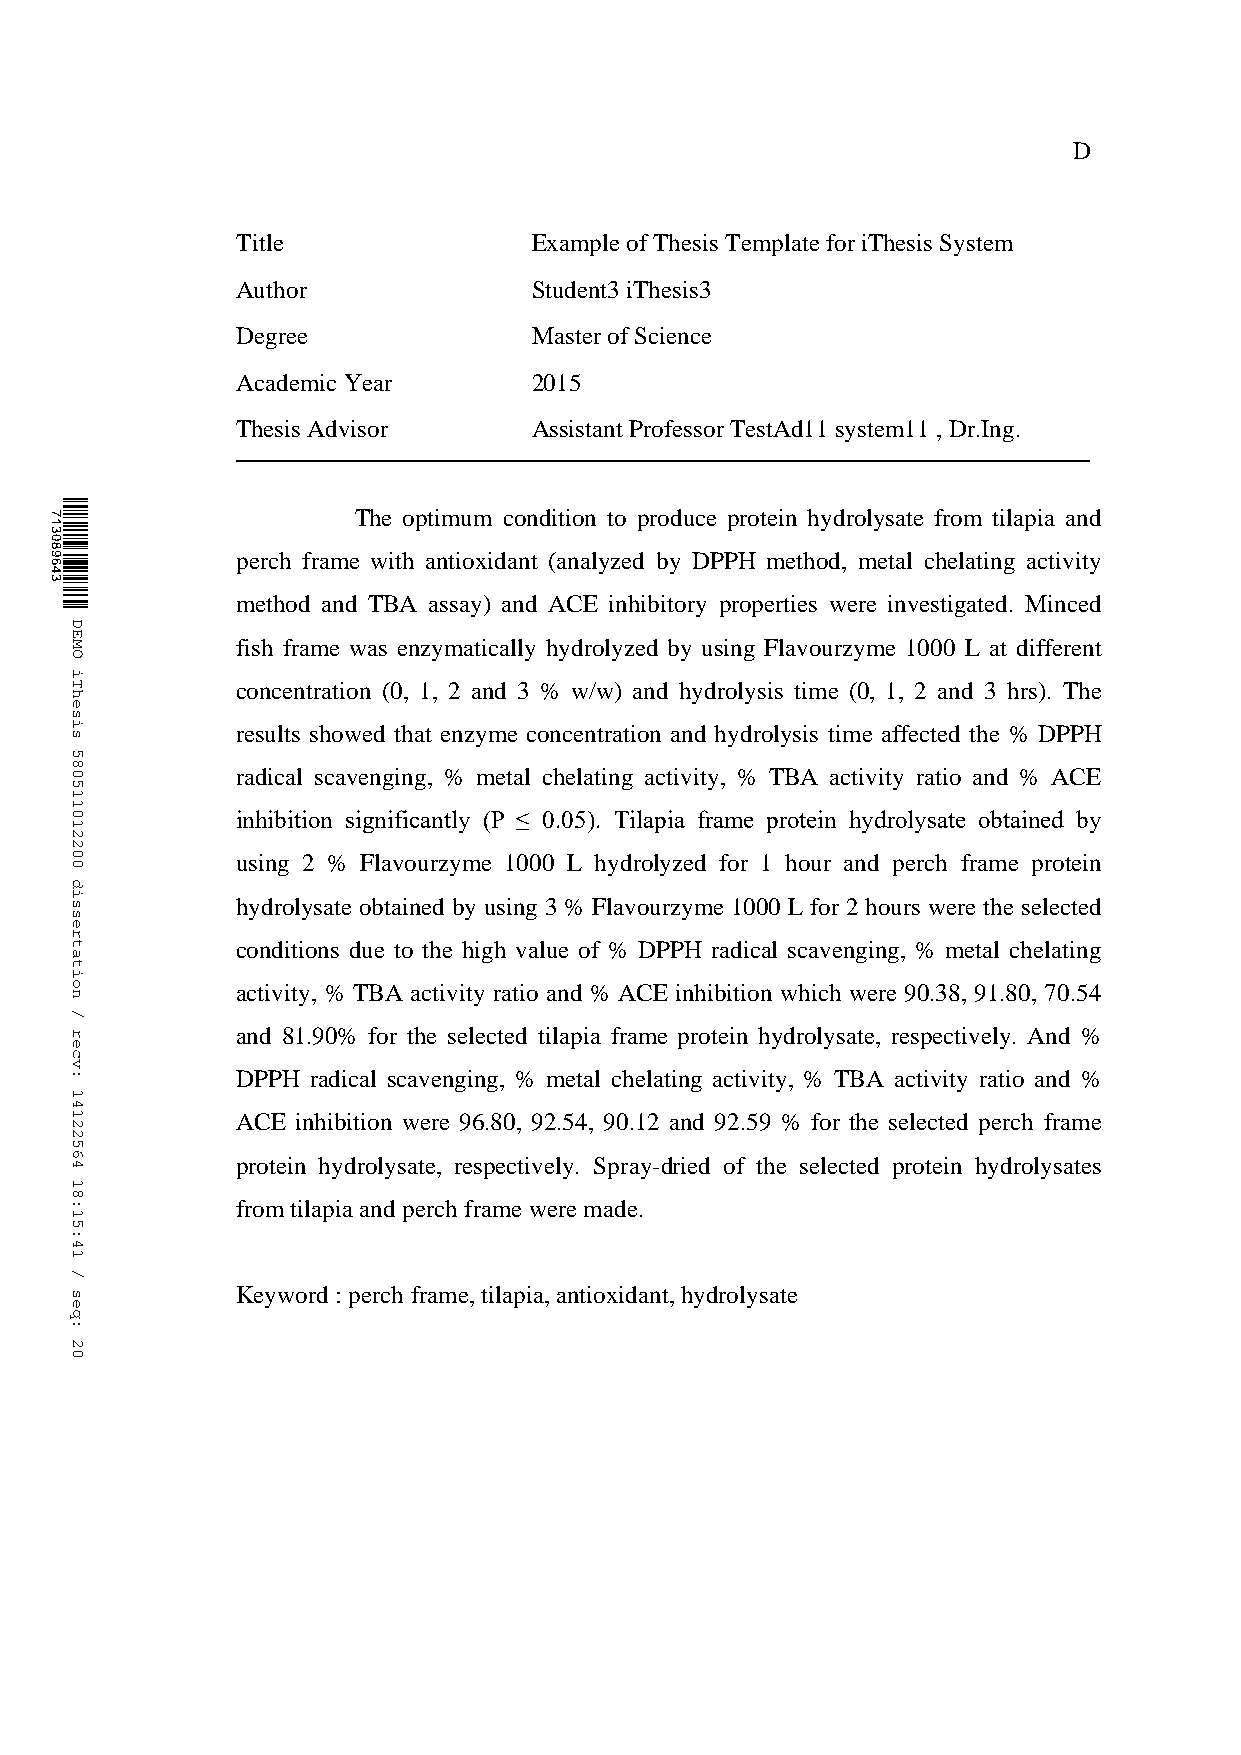
D
 ABSTRACT Title      Example of Thesis Template for iThesis System
 Author             Student3 iThesis3
 Degree             Master of Science
 Academic Year      2015
 Thesis Advisor     Assistant Professor TestAd11 system11 , Dr.Ing.
 The optimum condition to pro duce protein hydrolysate from tilapia and
 perch frame with antioxidant (analyzed by DPPH method, metal chelating activity
 method and TBA assay) and ACE inhibitory properties were investigated. Minced
 fish frame was enzymatically hydrolyzed by using Flavourzyme 1000 L at different
 concentration (0, 1, 2 and 3 % w/w) and hydrolysis time (0, 1, 2 and 3 hrs). The
 results showed that enzyme concentration and hydrolysis time affected the % DPPH
 radical scavenging, % metal chelating activity, % TBA activity ratio and % ACE
 inhibition significantly (P ≤ 0.05). Tilapia frame protein hydrolysate obtained by
 using 2 % Flavourzyme 1000 L hydrolyzed for 1 hour and perch frame protein
 hydrolysate obtained by using 3 % Flavourzyme 1000 L for 2 hours were the selected
 conditions due to the high value of % DPPH radical scavenging, % metal chelating
 activity, % TBA activity ratio and % ACE inhibition which were 90.38, 91.80, 70.54
 and 81.90% for the selected tilapia frame protein hydrolysate, respectively. And %
 DPPH radical scavenging, % metal chelating activity, % TBA activity ratio and %
 ACE inhibition were 96.80, 92.54, 90.12 and 92.59 % for the selected perch frame
 protein hydrolysate, respectively. Spray-dried of the selected protein hydrolysates
 from tilapia and perch frame were made.
 Keyword : perch frame, tilapia, antioxidant, hydrolysate
 713089643
 DEMO
 iThesis
 580511012200
 dissertation
 /
 recv:
 14122564
 18:15:41
 /
 seq:
 20